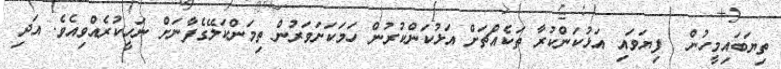
ތިޔަބައިމީހުން  ފިޔަވައި އަޅުކަންކުރާ ތަކެއްޗަށް އަޅުކަންކުރުން ހަމަކަށަވަރުން ތިމަންކަލޭގެފާނަށް ނަހީކުރެއްވިއެވެ. އަދި